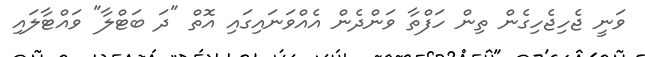
ވަނީ ޖެހިޖެހިގެން ތިން ހަފްތާ ވަންދެން އެއްވަނައިގައި އޮތް "ދަ ބަޓްލާ" ވައްޓާލައި